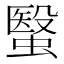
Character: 䗟